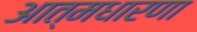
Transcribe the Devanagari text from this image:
आत्मधारणा